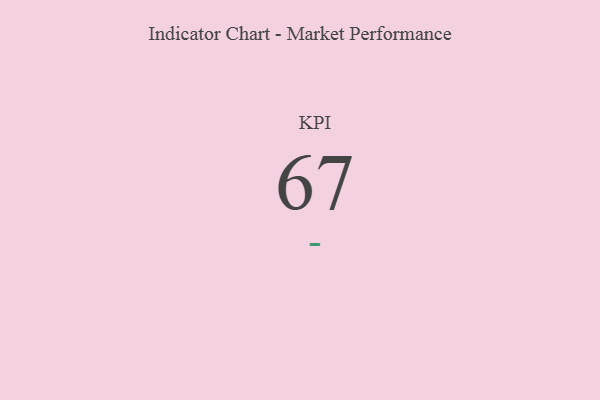
{"axis": {"x": "KPI", "y": "Value"}, "legend": [""], "data": [{"x": "KPI", "y": 67, "type": ""}]}